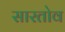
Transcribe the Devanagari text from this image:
सारतोव